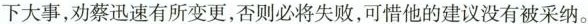
下大事，劝蔡迅速有所变更，否则必将失败，可惜他的建议没有被采纳。